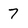
Character: 7